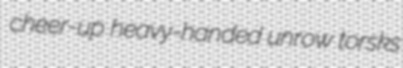
cheer-up heavy-handed unrow torsks